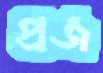
প্রজ